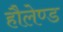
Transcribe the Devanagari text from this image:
हौलेण्ड